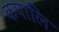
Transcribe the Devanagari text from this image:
कपालि